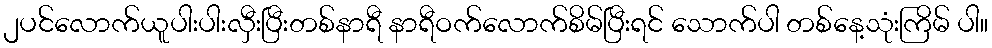
၂ပင်လောက်ယူပါးပါးလှီးပြီးတစ်နာရီ နာရီဝက်လောက်စိမ်ပြီးရင် သောက်ပါ တစ်နေ့သုံးကြိမ် ပါ။